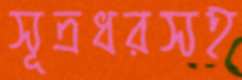
সূত্রধরসহ